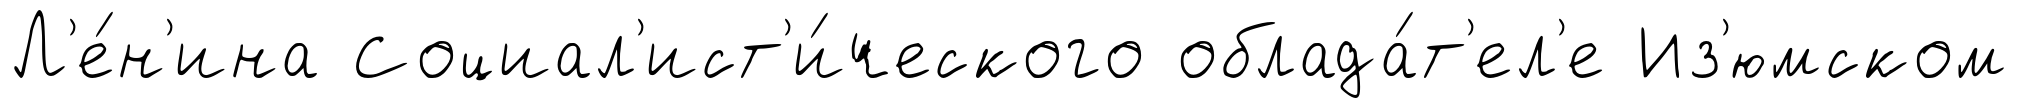
Л'е́н'ина Социал'ист'и́ческого облада́т'ел'е Из'юмском